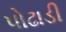
પોઢાડી